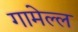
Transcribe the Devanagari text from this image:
गामेल्ल